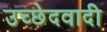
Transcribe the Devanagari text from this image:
उच्छेदवादी